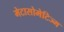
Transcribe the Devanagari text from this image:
मेटासोमेटिज्म